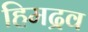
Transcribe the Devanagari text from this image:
हिमद्रव